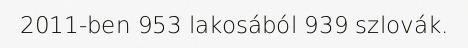
2011-ben 953 lakosából 939 szlovák.